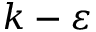
k - \varepsilon